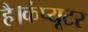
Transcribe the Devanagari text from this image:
है।कंप्यूटर